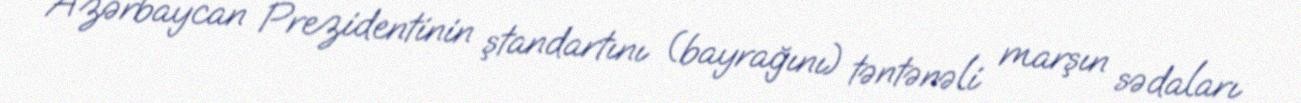
Azərbaycan Prezidentinin ştandartını (bayrağını) təntənəli marşın sədaları